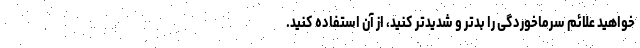
خواهید علائم سرماخوردگی را بدتر و شدیدتر کنید، از آن استفاده کنید.